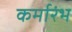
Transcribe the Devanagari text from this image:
कर्मारंभ